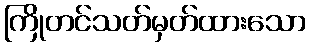
ကြိုတင်သတ်မှတ်ထားသော